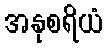
အနုစရိယံ